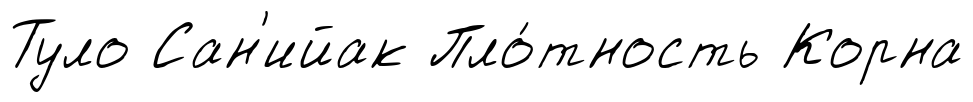
Туло Сан'ийак Пло́тность Корна